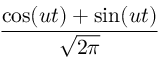
\frac { \cos ( u t ) + \sin ( u t ) } { \sqrt { 2 \pi } }